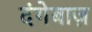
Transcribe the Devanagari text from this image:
दंगेबाज़